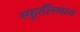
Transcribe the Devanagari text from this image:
स्फूर्तीस्थान